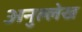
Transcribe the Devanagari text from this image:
अनुल्लेख